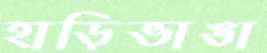
হাড়িভাঙা